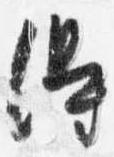
得